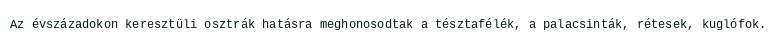
Az évszázadokon keresztüli osztrák hatásra meghonosodtak a tésztafélék, a palacsinták, rétesek, kuglófok.